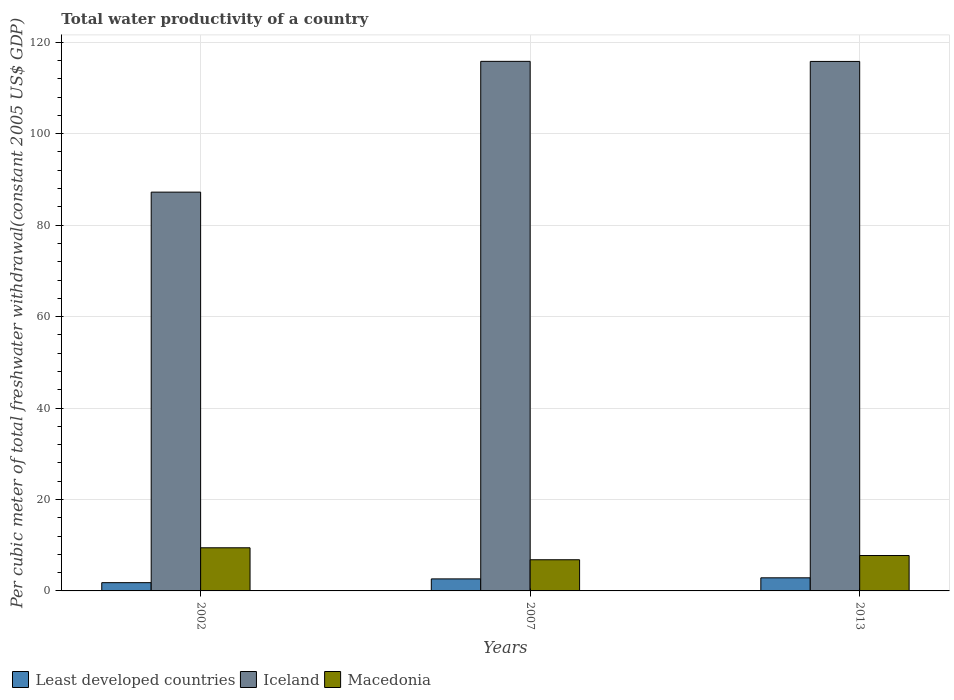
| Years | Least developed countries | Iceland | Macedonia |
 | --- | --- | --- | --- |
 | 2002 | 1.81 | 87.2 | 9.43 |
 | 2007 | 2.63 | 116 | 6.82 |
 | 2013 | 2.86 | 116 | 7.74 |